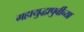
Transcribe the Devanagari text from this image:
महायुद्धापुर्वीच्या